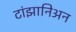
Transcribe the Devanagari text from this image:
टांझानिअन